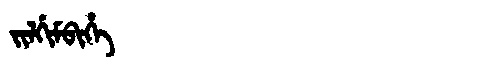
Manchu: ᠵᡳᠯᡤᡳᠮᠪᡳᡥᡝ
Romanization: JILGIMBIHE